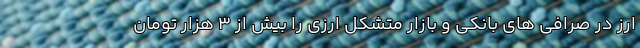
ارز در صرافی های بانکی و بازار متشکل ارزی را بیش از 3 هزار تومان